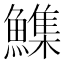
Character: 𮬏